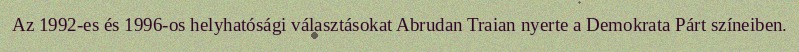
Az 1992-es és 1996-os helyhatósági választásokat Abrudan Traian nyerte a Demokrata Párt színeiben.